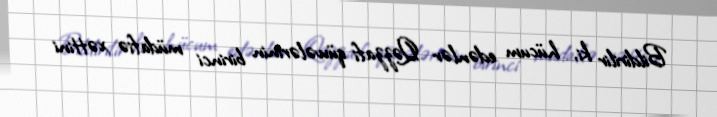
Bildirilir ki, hücum edənlər Qəzzafi qüvvələrinin birinci müdafiə xəttini